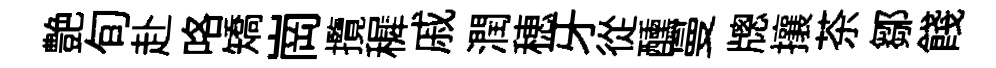
艶旬赴咯矯崗攬穉戚潤穂牙從醺曼牕攘茶鄒餞